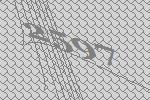
2597